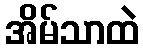
အိမ်သာထဲ